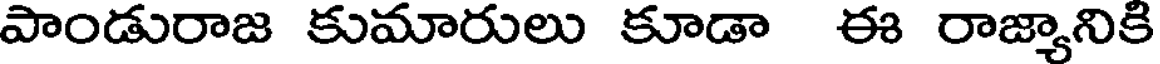
పాండురాజ కుమారులు కూడా ఈ రాజ్యానికి